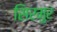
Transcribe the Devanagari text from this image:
सिरमुर